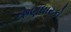
ઋણધારકો